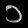
Digit: ၁